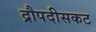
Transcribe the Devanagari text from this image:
द्रौपदीसकट